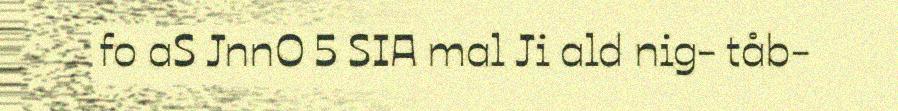
fo aS JnnO 5 SIA mal Ji ald nig- tåb-